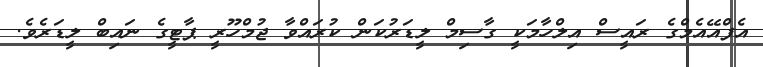
އެފްއޭއެމްގެ ރައީސް އިލްހާމަކީ ގާސިމް ލީޑަރުކަން ކުރައްވާ ޖުމްހޫރީ ޕާޓީގެ ނައިބް ލީޑަރެވެ.